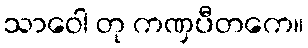
သာဝေါ တု ကဏှပီတကေ။